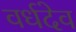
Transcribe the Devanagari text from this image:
वर्धदेव